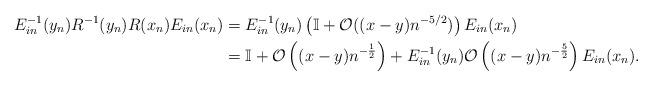
LaTeX: \begin{align*} E_{in}^{-1}(y_n) R^{-1}(y_n) R(x_n) E_{in}(x_n) & = E_{in}^{-1}(y_n) \left(\mathbb{I}+\mathcal{O}((x-y) n^{-5/2})\right) E_{in}(x_n) \\& = \mathbb{I} + \mathcal{O}\left((x-y)n^{-\frac{1}{2}} \right) + E_{in}^{-1}(y_n) \mathcal{O}\left((x-y) n^{- \frac{5}{2}} \right) E_{in}(x_n).\end{align*}